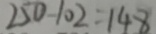
2 5 0 - 1 0 2 = 1 4 8